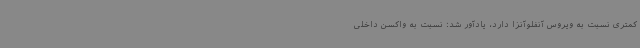
کمتری نسبت به ویروس آنفلوآنزا دارد، یادآور شد: نسبت به واکسن داخلی